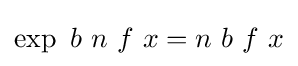
\operatorname {exp} \ b\ n\ f\ x=n\ b\ f\ x